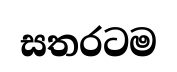
සතරටම